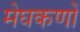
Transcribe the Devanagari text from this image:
मेघकणों